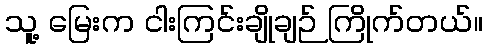
သူ့ မြေးက ငါးကြင်းချိုချဉ် ကြိုက်တယ်။